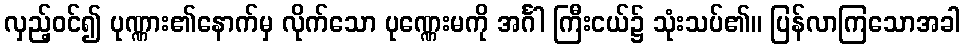
လှည့်ဝင်၍ ပုဏ္ဏား၏နောက်မှ လိုက်သော ပုဏ္ဏေးမကို အင်္ဂါ ကြီးငယ်၌ သုံးသပ်၏။ ပြန်လာကြသောအခါ